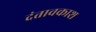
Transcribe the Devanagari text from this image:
दंतावकाश